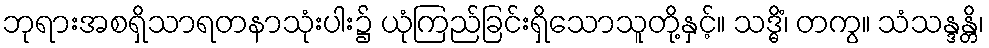
ဘုရားအစရှိသာရတနာသုံးပါး၌ ယုံကြည်ခြင်းရှိသောသူတို့နှင့်။ သဒ္ဓိံ၊ တကွ။ သံသန္ဒန္တိ၊